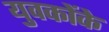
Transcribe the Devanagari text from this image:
युवकोंके